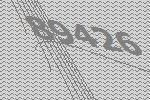
89426